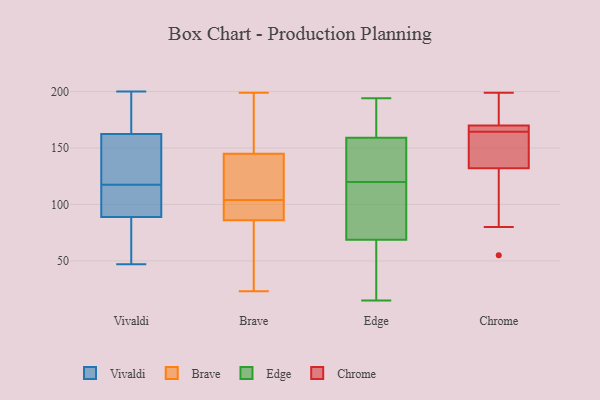
{"axis": {"x": "Satisfaction Score", "y": "Value"}, "legend": ["Brave", "Chrome", "Edge", "Vivaldi"], "data": [{"x": "", "y": 120, "type": "Vivaldi"}, {"x": "", "y": 200, "type": "Vivaldi"}, {"x": "", "y": 164, "type": "Vivaldi"}, {"x": "", "y": 51, "type": "Vivaldi"}, {"x": "", "y": 172, "type": "Vivaldi"}, {"x": "", "y": 80, "type": "Vivaldi"}, {"x": "", "y": 150, "type": "Vivaldi"}, {"x": "", "y": 161, "type": "Vivaldi"}, {"x": "", "y": 93, "type": "Vivaldi"}, {"x": "", "y": 137, "type": "Vivaldi"}, {"x": "", "y": 100, "type": "Vivaldi"}, {"x": "", "y": 47, "type": "Vivaldi"}, {"x": "", "y": 114, "type": "Vivaldi"}, {"x": "", "y": 85, "type": "Vivaldi"}, {"x": "", "y": 190, "type": "Vivaldi"}, {"x": "", "y": 115, "type": "Vivaldi"}, {"x": "", "y": 23, "type": "Brave"}, {"x": "", "y": 95, "type": "Brave"}, {"x": "", "y": 199, "type": "Brave"}, {"x": "", "y": 89, "type": "Brave"}, {"x": "", "y": 86, "type": "Brave"}, {"x": "", "y": 106, "type": "Brave"}, {"x": "", "y": 140, "type": "Brave"}, {"x": "", "y": 156, "type": "Brave"}, {"x": "", "y": 145, "type": "Brave"}, {"x": "", "y": 149, "type": "Brave"}, {"x": "", "y": 55, "type": "Brave"}, {"x": "", "y": 100, "type": "Brave"}, {"x": "", "y": 35, "type": "Brave"}, {"x": "", "y": 189, "type": "Brave"}, {"x": "", "y": 53, "type": "Brave"}, {"x": "", "y": 107, "type": "Brave"}, {"x": "", "y": 118, "type": "Brave"}, {"x": "", "y": 102, "type": "Brave"}, {"x": "", "y": 158, "type": "Edge"}, {"x": "", "y": 152, "type": "Edge"}, {"x": "", "y": 120, "type": "Edge"}, {"x": "", "y": 194, "type": "Edge"}, {"x": "", "y": 77, "type": "Edge"}, {"x": "", "y": 69, "type": "Edge"}, {"x": "", "y": 68, "type": "Edge"}, {"x": "", "y": 35, "type": "Edge"}, {"x": "", "y": 162, "type": "Edge"}, {"x": "", "y": 188, "type": "Edge"}, {"x": "", "y": 106, "type": "Edge"}, {"x": "", "y": 154, "type": "Edge"}, {"x": "", "y": 15, "type": "Edge"}, {"x": "", "y": 55, "type": "Chrome"}, {"x": "", "y": 163, "type": "Chrome"}, {"x": "", "y": 199, "type": "Chrome"}, {"x": "", "y": 170, "type": "Chrome"}, {"x": "", "y": 166, "type": "Chrome"}, {"x": "", "y": 199, "type": "Chrome"}, {"x": "", "y": 167, "type": "Chrome"}, {"x": "", "y": 157, "type": "Chrome"}, {"x": "", "y": 132, "type": "Chrome"}, {"x": "", "y": 80, "type": "Chrome"}]}